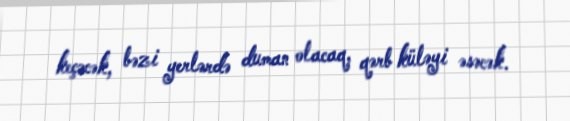
keçəcək, bəzi yerlərdə duman olacaq, qərb küləyi əsəcək.